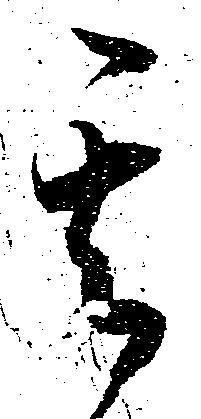
其